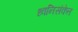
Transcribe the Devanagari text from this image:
ध्वनिसंकेत